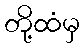
တို့ထံမှ